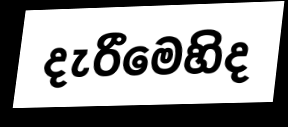
දැරීමෙහිද